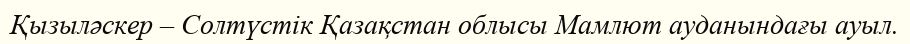
Қызыләскер – Солтүстік Қазақстан облысы Мамлют ауданындағы ауыл.